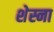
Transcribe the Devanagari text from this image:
शेस्ना